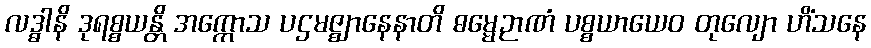
လဒ္ဓါနိ ဒုရစ္စယန္တိ အက္ကောသ ပဌမဇ္ဈာနေနာတိ ဓမ္မေဉာဏံ ပစ္စယာယေဝ တုလျော ဟိံသနေ